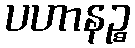
ပဟာနဉ္စ